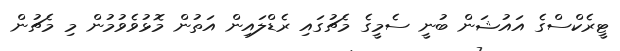
ޓީރެކްސްގެ އައުޝަން ބުނީ ސެމީގެ މެޗުގައި ރެޑްލައިން އަތުން މޮޅުވެވުމުން މި މެޗުން